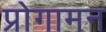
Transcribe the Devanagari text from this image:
प्रोगामन